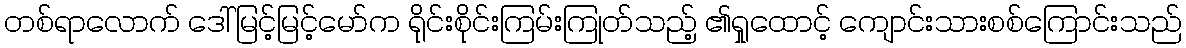
တစ်ရာလောက် ဒေါ်မြင့်မြင့်မော်က ရိုင်းစိုင်းကြမ်းကြုတ်သည့် ၏ရှုထောင့် ကျောင်းသားစစ်ကြောင်းသည်